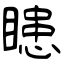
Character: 瞣